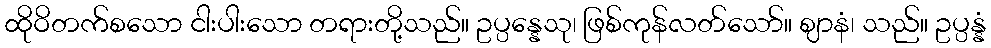
ထိုဝိတက်စသော ငါးပါးသော တရားတို့သည်။ ဥပ္ပန္နေသု၊ ဖြစ်ကုန်လတ်သော်။ ဈာနံ၊ သည်။ ဥပ္ပန္နံ